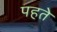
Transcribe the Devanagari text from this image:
पहते